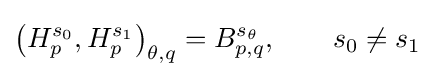
\left(H_{p}^{s_{0}},H_{p}^{s_{1}}\right)_{\theta ,q}=B_{p,q}^{s_{\theta }},\qquad s_{0}\neq s_{1}